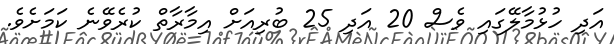
އަދި ހުޅުމާލޭގައި ވެސް 20 އަދި 25 ބުރިއަށް އިމާރާތް ކުރެވޭނެ ކަމަށެވެ.